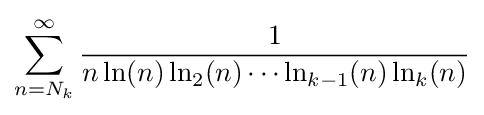
\sum _{n=N_{k}}^{\infty }{\frac {1}{n\ln(n)\ln _{2}(n)\cdots \ln _{k-1}(n)\ln _{k}(n)}}